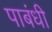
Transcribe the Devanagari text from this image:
पाबंधी